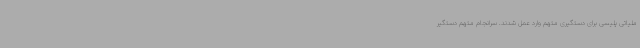
ملیاتی پلیسی برای دستگیری متهم وارد عمل شدند. سرانجام متهم دستگیر